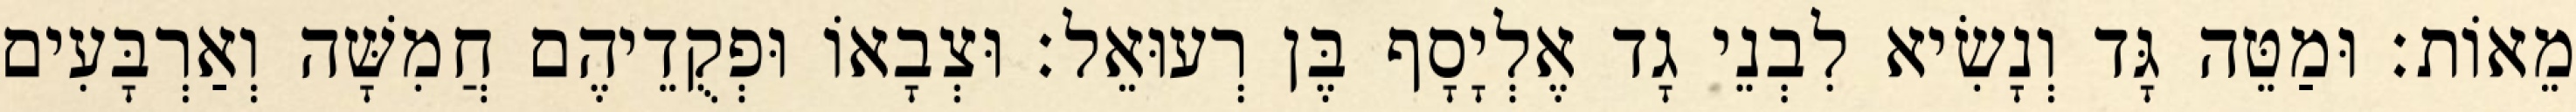
מֵאוֹת׃ וּמַטֵּה גָּד וְנָשִׂיא לִבְנֵי גָד אֶלְיָסָף בֶּן רְעוּאֵל׃ וּצְבָאוֹ וּפְקֻדֵיהֶם חֲמִשָּׁה וְאַרְבָּעִים